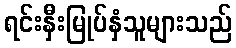
ရင်းနှီးမြုပ်နှံသူများသည်